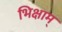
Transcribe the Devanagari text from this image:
भिक्षाम्